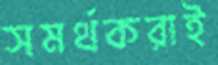
সমর্থকরাই